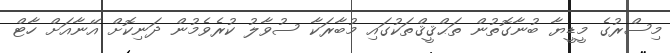
މިސްރުގެ މީޑީޔާ ބުނާގޮތުން ތަޙްޤީޤްތަކުގައި މުބާރަކާ ސުވާލު ކުރެވެމުން ދަނިކޮށް އޭނާއަށް ހާޓް